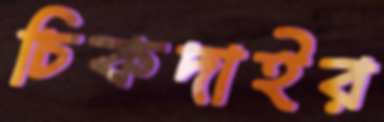
চিকদাইর